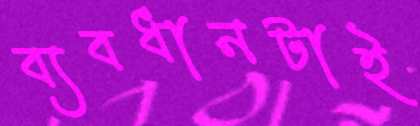
ব্যবধানটাই